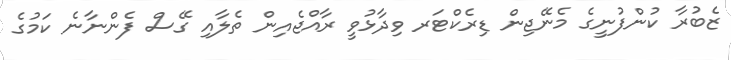
ޒެބުރާ ކުންފުނީގެ މެނޭޖިން ޑިރެކްޓަރ ވިދާޅުވީ ރާއްޖެއިން ތެލާއި ގޭސް ފެންނާނެ ކަމުގެ